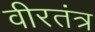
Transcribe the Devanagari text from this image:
वीरतंत्र